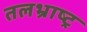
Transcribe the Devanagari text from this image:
तलभ्राष्ट्र